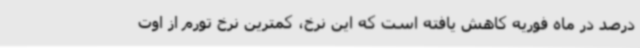
درصد در ماه فوریه کاهش یافته است که این نرخ، کمترین نرخ تورم از اوت